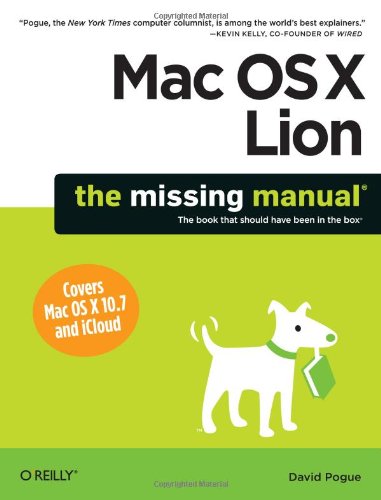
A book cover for Mac OS X Lion: The Missing Manual; David Pogue; Computers & Technology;